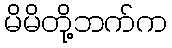
မိမိတို့ဘက်က